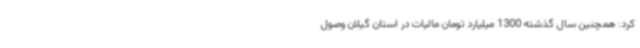
کرد: همچنین سال گذشته 1300 میلیارد تومان مالیات در استان گیلان وصول